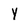
Character: Y